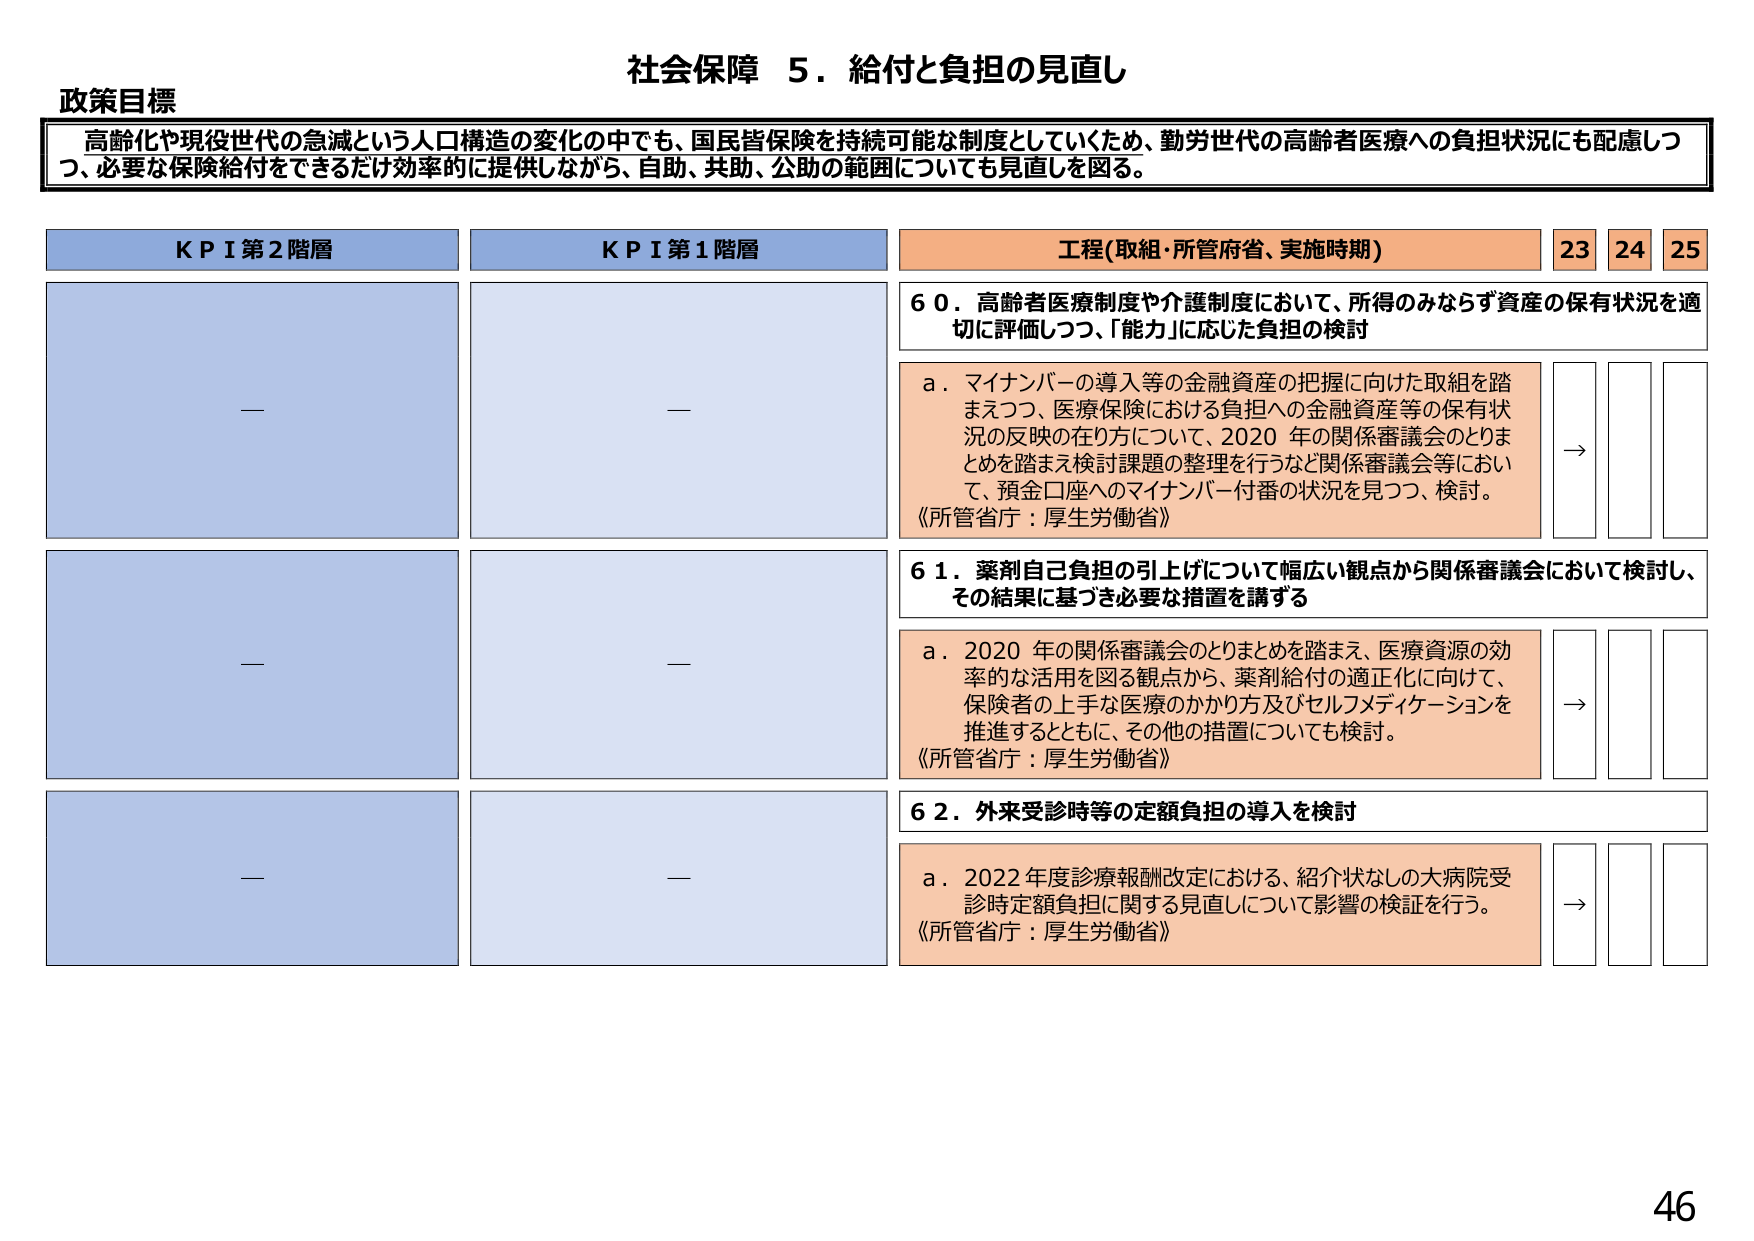
社会保障 ５．給付と負担の見直し

政策目標
高齢化や現役世代の急減という人口構造の変化の中でも、国民皆保険を持続可能な制度としていくため、勤労世代の高齢者医療への負担状況にも配慮しつつ、必要な保険給付をできるだけ効率的に提供しながら、自助、共助、公助の範囲についても見直しを図る。

KPI第2階層
—

KPI第1階層
—

工程（取組・所管府省、実施時期）
23 24 25

60．高齢者医療制度や介護制度において、所得のみならず資産の保有状況を適切に評価しつつ、「能力」に応じた負担の検討
a．マイナンバーの導入等の金融資産の把握に向けた取組を踏まえつつ、医療保険における負担への金融資産等の保有状況の反映の在り方について、2020年の関係審議会のとりまとめを踏まえ検討課題の整理を行うなど関係審議会等において、預金口座へのマイナンバー付番の状況を見つ、検討。
《所管省庁：厚生労働省》
→

61．薬剤自己負担の引上げについて幅広い観点から関係審議会において検討し、その結果に基づき必要な措置を講ずる
a．2020年の関係審議会のとりまとめを踏まえ、医療資源の効率的な活用を図る観点から、薬剤給付の適正化に向けて、保険者の上手な医療のかかり方及びセルフメディケーションを推進するとともに、その他の措置についても検討。
《所管省庁：厚生労働省》
→

62．外来受診時等の定額負担の導入を検討
a．2022年度診療報酬改定における、紹介状なしの大病院受診時定額負担に関する見直しについて影響の検証を行う。
《所管省庁：厚生労働省》
→

46